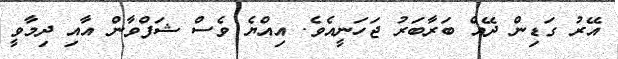
އޭރު ގަޑިން ދޭއް ބަރާބަރު ޖަހަނީއެވެ. އިއްޔެ ވެސް ޝަފްވާން އާއި ދިމާވީ